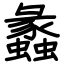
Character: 蠡